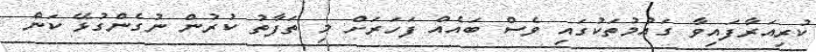
ކުރިއަރާފައިވާ ގައުމުތަކުގައި ވެސް ބައެއް ފަހަރަށް މި ތަފާތު ކުރުން ނުގެންގުޅޭ ކަން